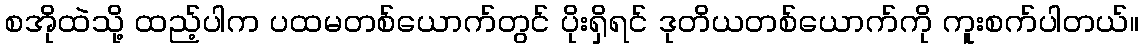
စအိုထဲသို့ ထည့်ပါက ပထမတစ်ယောက်တွင် ပိုးရှိရင် ဒုတိယတစ်ယောက်ကို ကူးစက်ပါတယ်။